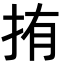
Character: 𭠥